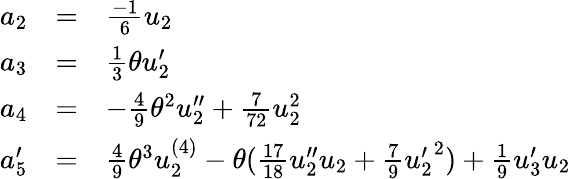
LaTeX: \begin{array}{lcl}{{a_{2}}}&{{=}}&{{\frac{-1}{6}u_{2}}}\\ {{a_{3}}}&{{=}}&{{\frac{1}{3}\theta u_{2}^{\prime}}}\\ {{a_{4}}}&{{=}}&{{-\frac{4}{9}{\theta}^{2}u_{2}^{\prime\prime}+\frac{7}{72}u_{2}^{2}}}\\ {{a_{5}^{\prime}}}&{{=}}&{{\frac{4}{9}{\theta}^{3}u_{2}^{(4)}-\theta(\frac{17}{18}u_{2}^{\prime\prime}u_{2}+\frac{7}{9}{u_{2}^{\prime}}^{2})+\frac{1}{9}u_{3}^{\prime}u_{2}}}\end{array}